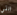
التي